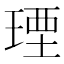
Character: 𤧕